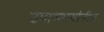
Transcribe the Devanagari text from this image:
उपाध्यायांनीच